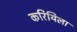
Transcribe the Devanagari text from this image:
करियिला